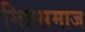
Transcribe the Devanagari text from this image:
मित्रसमाज